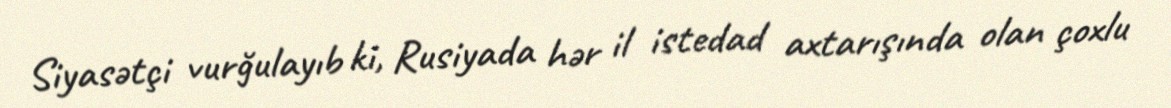
Siyasətçi vurğulayıb ki, Rusiyada hər il istedad axtarışında olan çoxlu